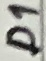
Text: D1